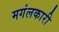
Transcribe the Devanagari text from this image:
मगंलकारी